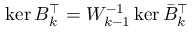
\ker B _ { k } ^ { \top } = W _ { k - 1 } ^ { - 1 } \ker \bar { B } _ { k } ^ { \top }